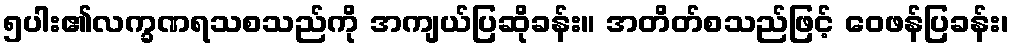
၅ပါး၏လက္ခဏရသစသည်ကို အကျယ်ပြဆိုခန်း။ အတိတ်စသည်ဖြင့် ဝေဖန်ပြခန်း၊